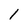
Character: l